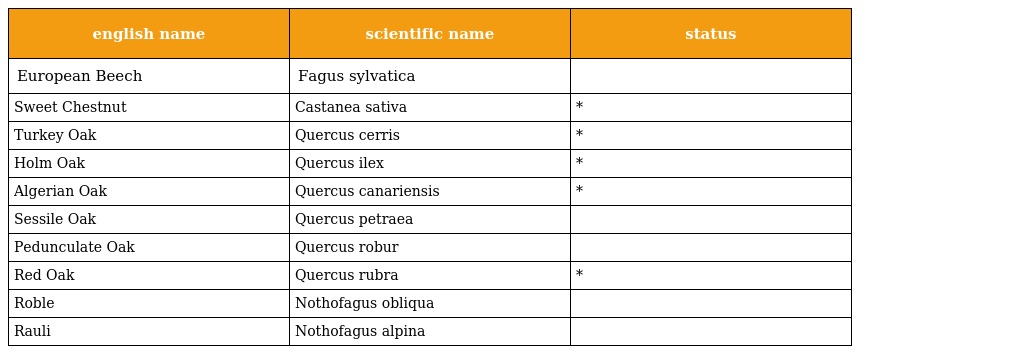
| english name | scientific name | status |
 | --- | --- | --- |
 | European Beech | Fagus sylvatica |  |
 | Sweet Chestnut | Castanea sativa | * |
 | Turkey Oak | Quercus cerris | * |
 | Holm Oak | Quercus ilex | * |
 | Algerian Oak | Quercus canariensis | * |
 | Sessile Oak | Quercus petraea |  |
 | Pedunculate Oak | Quercus robur |  |
 | Red Oak | Quercus rubra | * |
 | Roble | Nothofagus obliqua |  |
 | Rauli | Nothofagus alpina |  |